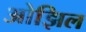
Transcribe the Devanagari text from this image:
ओझिल